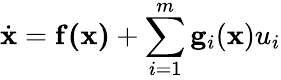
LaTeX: {\dot{\mathbf{x}}}=\mathbf{f(x)}+\sum_{i=1}^{m}\mathbf{g}_{i}(\mathbf{x})u_{i}